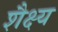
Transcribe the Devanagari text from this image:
शैक्ष्य